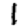
Digit: 1